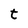
Character: t